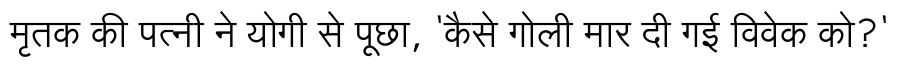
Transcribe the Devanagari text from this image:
मृतक की पत्नी ने योगी से पूछा, 'कैसे गोली मार दी गई विवेक को?'